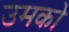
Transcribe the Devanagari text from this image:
उमको